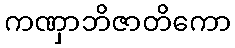
ကဏှာဘိဇာတိကော